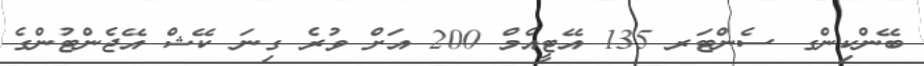
ބޭންކިންގ ސެންޓަރ 135 އޭޓީއެމް 200 އަށް ވުރެ ގިނަ ކޭޝް އޭޖެންޓުންގެ